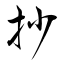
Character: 抄